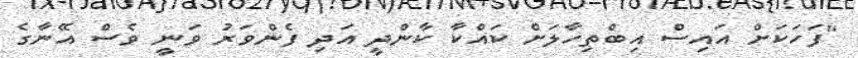
"ފަހަކަށް އައިސް އިބްތިހާލަށް ކައްކާ ކާންދީ އަދި ފެންވަރު ވަނީ ވެސް އޭނާގެ